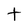
Character: T